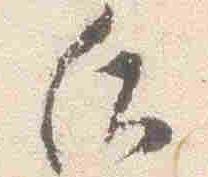
后